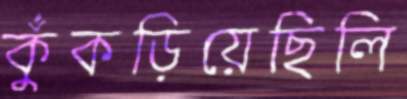
কুঁকড়িয়েছিলি